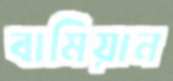
বামিয়ান